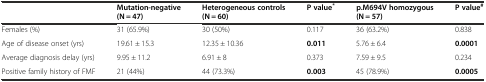
<table><thead><tr><td></td><td><b>Mutation-negative (N = 47)</b></td><td><b>Heterogeneous controls (N = 60)</b></td><td><b>P value<sup>*</sup></b></td><td><b>p.M694V homozygous (N = 57)</b></td><td><b>P value<sup>#</sup></b></td></tr></thead><tbody><tr><td>Females (%)</td><td>31 (65.9%)</td><td>30 (50%)</td><td>0.117</td><td>36 (63.2%)</td><td>0.838</td></tr><tr><td>Age of disease onset (yrs)</td><td>19.61 ± 15.3</td><td>12.35 ± 10.36</td><td><b>0.011</b></td><td>5.76 ± 6.4</td><td><b>0.0001</b></td></tr><tr><td>Average diagnosis delay (yrs)</td><td>9.95 ± 11.2</td><td>6.91 ± 8</td><td>0.373</td><td>7.59 ± 9.5</td><td>0.234</td></tr><tr><td>Positive family history of FMF</td><td>21 (44%)</td><td>44 (73.3%)</td><td><b>0.003</b></td><td>45 (78.9%)</td><td><b>0.0005</b></td></tr></tbody></table>